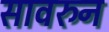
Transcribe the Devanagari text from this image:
सावरुन